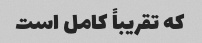
که تقریباً کامل است